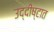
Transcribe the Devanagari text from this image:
उद्दीष्टात